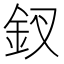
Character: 釵